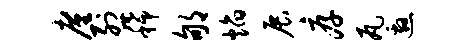
廑烈稀郇焰展厚瓦邀